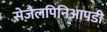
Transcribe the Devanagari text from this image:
सेज़ैलपिनिआपडी